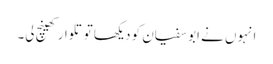
انہوں نے ابو سفیان کو دیکھا تو تلوار کھینچ لی۔